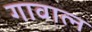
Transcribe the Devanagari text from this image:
गावात्न